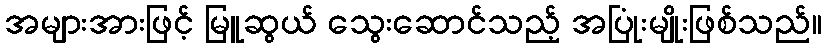
အများအားဖြင့် မြူဆွယ် သွေးဆောင်သည့် အပြုံးမျိုးဖြစ်သည်။